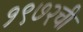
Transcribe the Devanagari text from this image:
१९७२ची